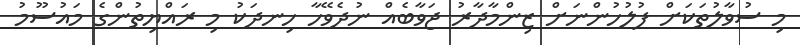
މި ސުވާލުތަކަށް ފުލުހުންނަށް ޒިންމާދާރު ޖަވާބެއް ނުދެވޭހާ ހިނދަކު މި ރައްޔިތުންގެ މައުސޫމު